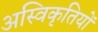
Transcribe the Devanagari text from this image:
अस्विकृतियों